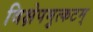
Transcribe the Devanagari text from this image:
विक्षेपमुत्कटम्